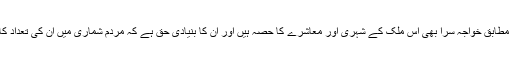
درخواست گزار کے مطابق خواجہ سرا بھی اس ملک کے شہری اور معاشرے کا حصہ ہیں اور ان کا بنیادی حق ہے کہ مردم شماری میں ان کی تعداد کا بھی تعین کیا جائے۔